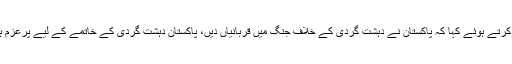
انہوں نے بھارت اور افغانستان کے الزامات کو مسترد کرتے ہوئے کہا کہ پاکستان نے دہشت گردی کے خلاف جنگ میں قربانیاں دیں، پاکستان دہشت گردی کے خاتمے کے لیے پرعزم ہے تاہم بھارت پاکستان میں دہشت گردی پھیلا رہا ہے۔